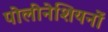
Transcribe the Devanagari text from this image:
पोलीनेशियनों